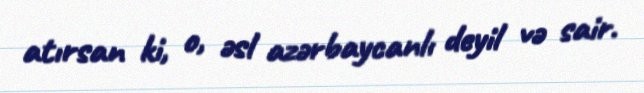
atırsan ki, o, əsl azərbaycanlı deyil və sair.